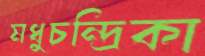
মধুচন্দ্রিকা